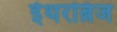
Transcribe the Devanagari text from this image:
ईथरब्रिज